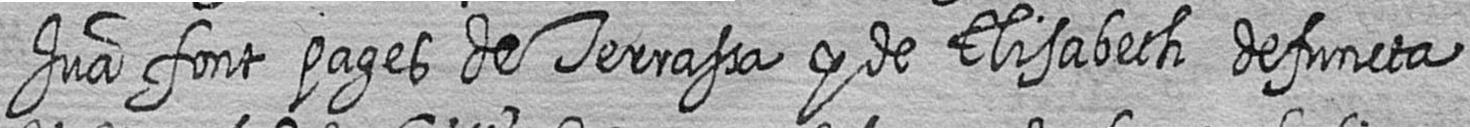
Jua font pages de Terrassa y de Elisabeth defuncta